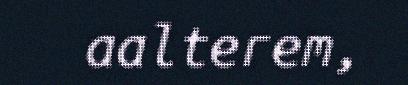
aalterem,